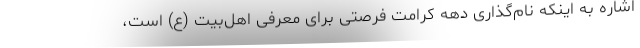
اشاره به اینکه نام‌گذاری دهه کرامت فرصتی برای معرفی اهل‌بیت (ع) است،